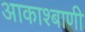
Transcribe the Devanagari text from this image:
आकाश्बाणी